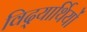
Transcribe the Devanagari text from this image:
विद्‍यार्थियों